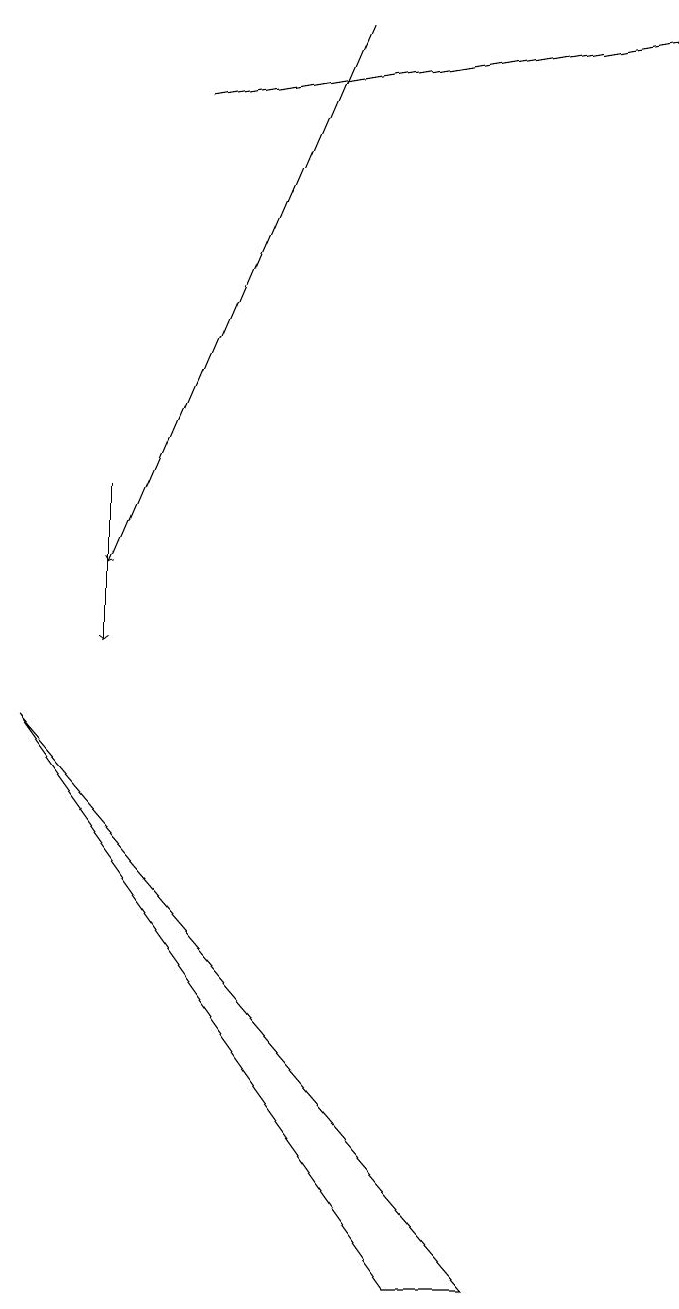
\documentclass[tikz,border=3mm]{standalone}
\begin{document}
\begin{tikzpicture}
\draw[->] (2,12) -- (2,10);
\draw[->] (3,17) -- (9,18);
\draw[->] (5,18) -- (2,11);
\draw (6,2) -- (1,9) -- (7,2) -- cycle;
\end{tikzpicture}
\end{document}